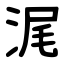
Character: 浘